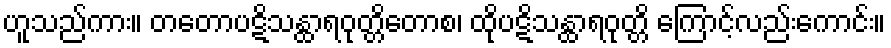
ဟူသည်ကား။ တတောပဋိသန္ထာရဝုတ္တိတောစ၊ ထိုပဋိသန္ထာရဝုတ္တိ ကြောင့်လည်းကောင်း။